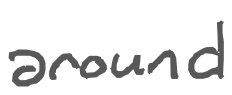
Text: around
Cross-out: clean
Writing tool: digital_gray